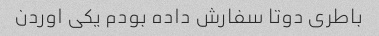
باطری دوتا سفارش داده بودم یکی اوردن